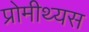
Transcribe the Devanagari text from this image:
प्रोमीथ्यस